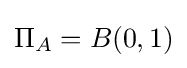
\Pi _{A}=B(0,1)